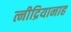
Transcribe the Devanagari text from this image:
त्नीद्रियानाह